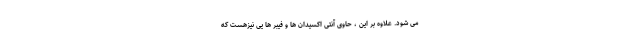
می شود. علاوه بر این ، حاوی آنتی اکسیدان ها و فیبر ها یی نیزهست که